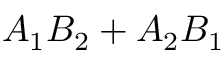
A _ { 1 } B _ { 2 } + A _ { 2 } B _ { 1 }